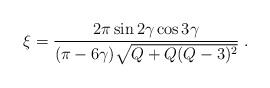
\begin{align*}\xi=\frac{2\pi\sin2\gamma\cos3\gamma}{(\pi-6\gamma)\sqrt{Q+Q(Q-3)^{2}}}\;.\end{align*}